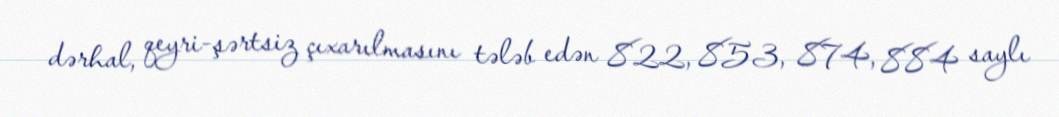
dərhal, qeyri-şərtsiz çıxarılmasını tələb edən 822, 853, 874, 884 saylı